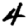
Digit: 4